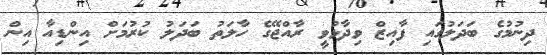
ދިނުމުގެ ބަދަލުގައި ފާއިޒް ވިދާޅުވީ ރާއްޖޭގެ ހާލަތު ބަދަލު ކުރުމަށް އިންޑިއާ އިން